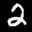
Label: 2